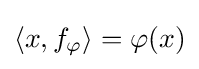
\left\langle x,f_{\varphi }\right\rangle =\varphi (x)